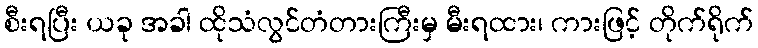
စီးရပြီး ယခု အခါ ထိုသံလွင်တံတားကြီးမှ မီးရထား၊ ကားဖြင့် တိုက်ရိုက်